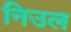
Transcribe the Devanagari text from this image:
निउल